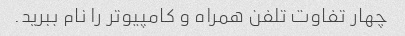
چهار تفاوت تلفن همراه و کامپیوتر را نام ببرید.